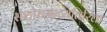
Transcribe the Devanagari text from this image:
संशोधनाव्यतिरिक्त